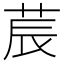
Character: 莀